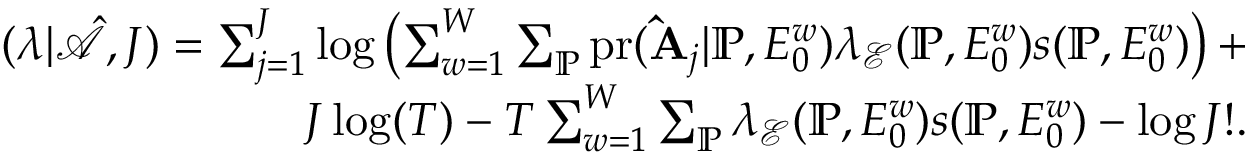
\begin{array} { r } { \L ( \boldsymbol { \lambda } | \hat { \mathcal { A } } , J ) = \sum _ { j = 1 } ^ { J } \log \left( \sum _ { w = 1 } ^ { W } \sum _ { \mathbb { P } } \mathrm { p r } ( \mathbf { \hat { A } } _ { j } | \mathbb { P } , E _ { 0 } ^ { w } ) \lambda _ { \mathcal { E } } ( { \mathbb { P } } , E _ { 0 } ^ { w } ) s ( \mathbb { P } , E _ { 0 } ^ { w } ) \right) + } \\ { J \log ( T ) - T \sum _ { w = 1 } ^ { W } \sum _ { \mathbb { P } } \lambda _ { \mathcal { E } } ( { \mathbb { P } } , E _ { 0 } ^ { w } ) s ( \mathbb { P } , E _ { 0 } ^ { w } ) - \log J ! . } \end{array}